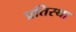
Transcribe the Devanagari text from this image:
प्रतिस्था